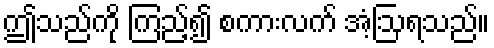
ဤသည်ကို ကြည့်၍ စကားလက် အံ့ဩရသည်။